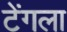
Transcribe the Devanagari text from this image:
टेंगला